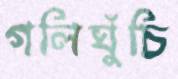
গলিঘুঁচি